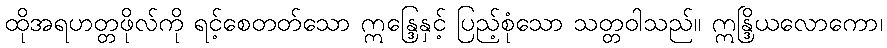
ထိုအရဟတ္တဖိုလ်ကို ရင့်စေတတ်သော ဣန္ဒြေနှင့် ပြည့်စုံသော သတ္တဝါသည်။ ဣန္ဒြိယလောကော၊